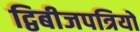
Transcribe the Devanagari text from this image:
द्विबीजपत्रियों